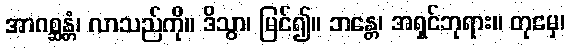
အာဂစ္ဆန္တံ၊ လာသည်ကို။ ဒိသွာ၊ မြင်၍။ ဘန္တေ၊ အရှင်ဘုရား။ တုမှေ၊